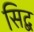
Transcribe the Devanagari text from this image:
सिद्ब